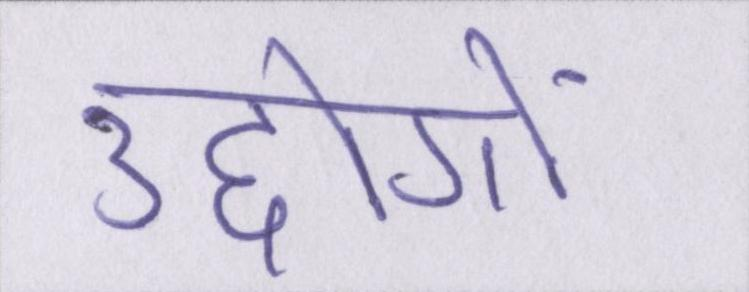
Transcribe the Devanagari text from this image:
उद्दोगों